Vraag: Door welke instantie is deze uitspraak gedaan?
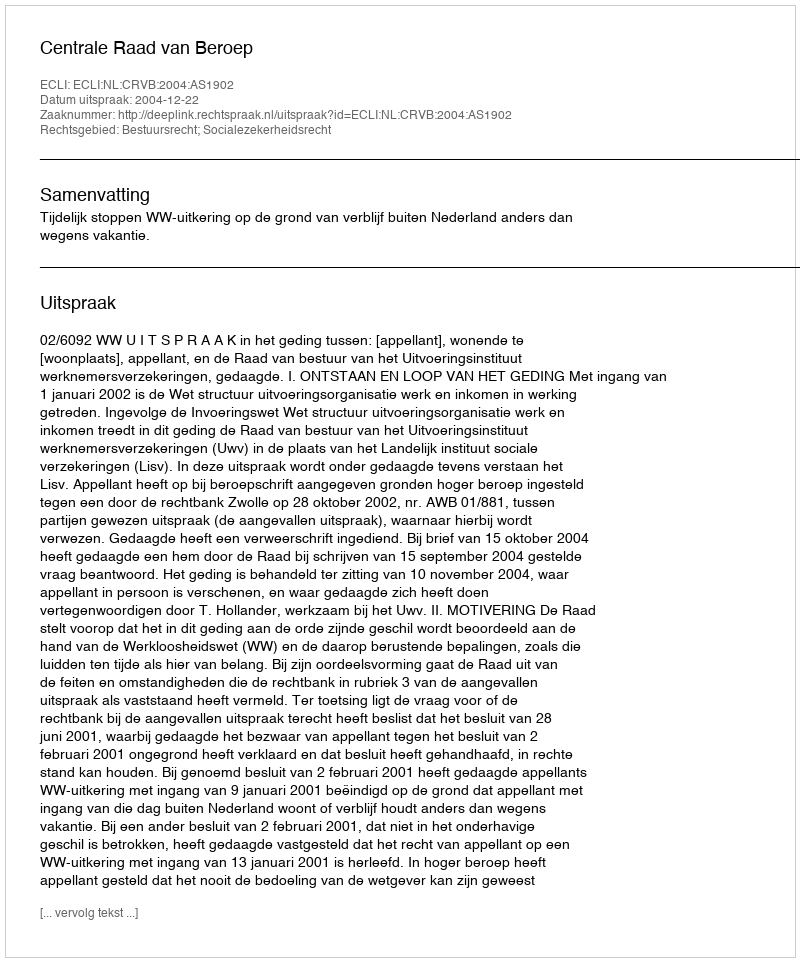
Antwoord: Centrale Raad van Beroep